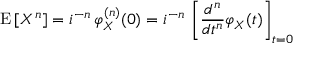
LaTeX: \operatorname { E } \left[ X ^ { n } \right] = i ^ { - n } \, \varphi _ { X } ^ { ( n ) } ( 0 ) = i ^ { - n } \, \left[ { \frac { d ^ { n } } { d t ^ { n } } } \varphi _ { X } ( t ) \right] _ { t = 0 } \,